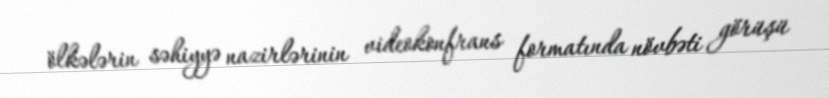
ölkələrin səhiyyə nazirlərinin videokonfrans formatında növbəti görüşü